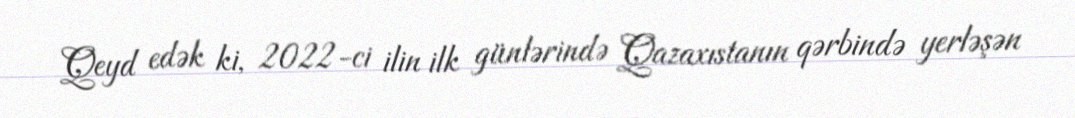
Qeyd edək ki, 2022-ci ilin ilk günlərində Qazaxıstanın qərbində yerləşən